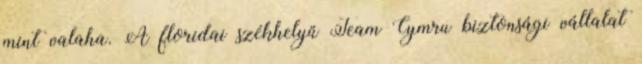
mint valaha. A floridai székhelyű Team Cymru biztonsági vállalat